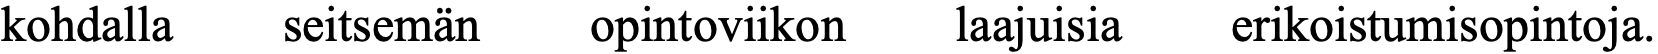
kohdalla seitsemän opintoviikon laajuisia erikoistumisopintoja.